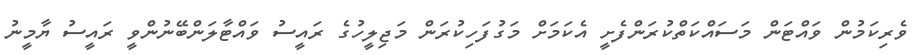
ވެރިކަމުން ވައްޓަން މަސައްކަތްކުރަންފެށީ އެކަމަށް މަގުފަހިކުރަން މަޖިލީހުގެ ރައީސު ވައްޓާލަންބޭނުންވީ ރައީސު ޔާމީނު